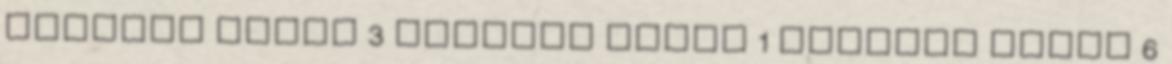
Kiskapu kiadó 3 Kolibri kiadó 1 Kossuth kiadó 6